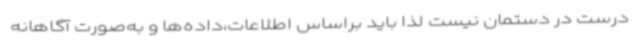
درست در دستمان نیست لذا باید براساس اطلاعات،داده‌ها و به‌صورت آگاهانه